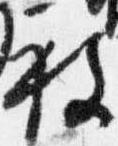
被